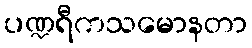
ပဏ္ဍရီကသမောနတာ